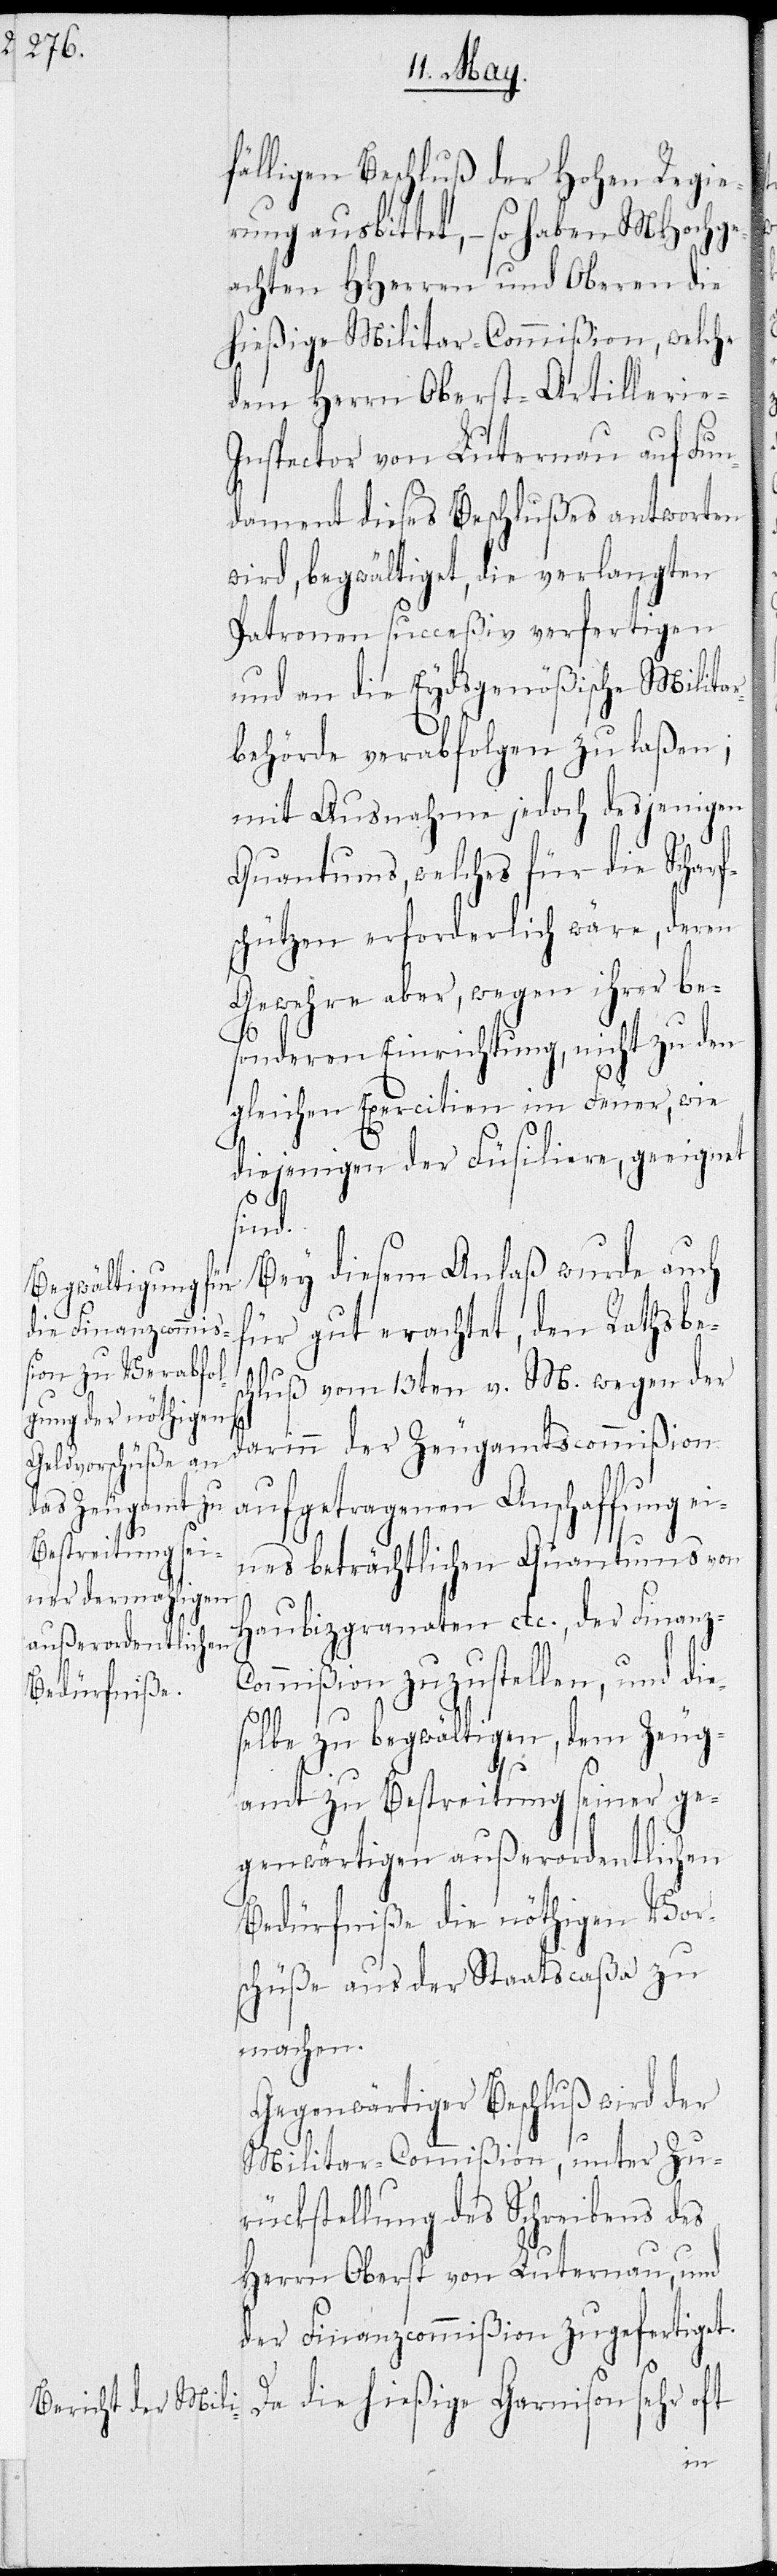
fälligen Beschluß der Hohen Regie¬
rung ausbittet, – so haben MHochge¬
achten HHerren und Oberen die
hießige Militar-Commißion, welche
dem Herrn Oberst-Artillerie-I¬
nspector von Luternau auf Fun¬
dament dieses Beschlußes antworten
wird, begwältiget, die verlangten
Patronen succeßiv verfertigen
und an die Eydsgenößische Milita¬
rbehörde verabfolgen zu laßen;
mit Ausnahme jedoch desjenigen
Quantums, welches für die Scharf¬
schützen erforderlich wäre, deren
Gewehre aber, wegen ihrer be¬
sonderen Einrichtung, nicht zu den
gleichen Exercitien im Feuer, wie
diejenigen der Füsiliere, geeignet
sind.
Bey diesem Anlaß wurde auch
für gut erachtet, den Rathsbes¬
chluß vom 13ten v. M. wegen der
darinn der Zeugamtscommißion
aufgetragenen Anschaffung ei¬
nes beträchtlichen Quantums von
Haubitzgranaten etc., der Finanz-C¬
ommißion zuzustellen, und die¬
selbe zu begwältigen, dem Zeug¬
amt zu Bestreitung seiner ge¬
genwärtigen außerordentlichen
Bedürfniße die nöthigen Vor¬
schüße aus der Staatscaßa zu
machen.
Gegenwärtiger Beschluß wird der
Militar-Commißion, unter Zu¬
rückstellung des Schreibens des
Herrn Oberst von Luternau, und
der Finanzcommißion zugefertiget.
Da die hießige Garnison sehr oft